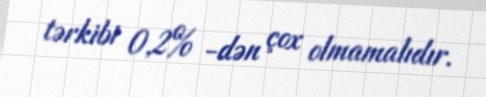
tərkibi 0,2% -dən çox olmamalıdır.